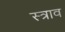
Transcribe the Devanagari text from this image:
स्‍त्राव